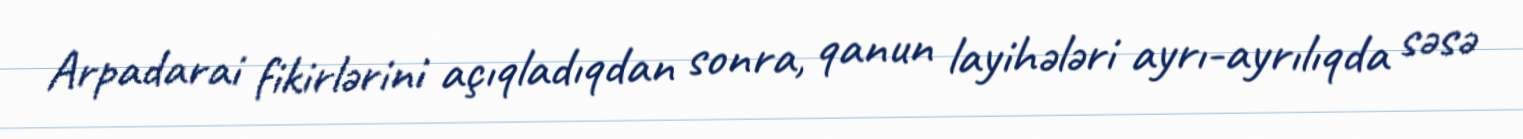
Arpadarai fikirlərini açıqladıqdan sonra, qanun layihələri ayrı-ayrılıqda səsə